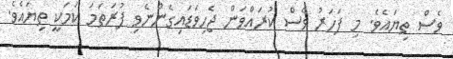
ވެސް ތިޔައެވެ. މި ފަހަރު ވެސް ކުރައްވަން ޖެހިވަޑައިގެންނެވި ފުރަތަމަ ކަމަކީ ތިޔައެވެ.